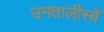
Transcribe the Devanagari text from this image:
उनतालीस्वें